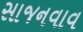
સાજનવાવ